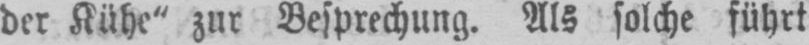
der Kühe“ zur Besprechung. Als solche führt